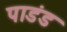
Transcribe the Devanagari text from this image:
पाडंड